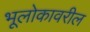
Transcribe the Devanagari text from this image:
भूलोकावरील